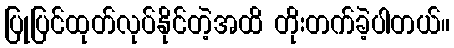
ပြုပြင်ထုတ်လုပ်နိုင်တဲ့အထိ တိုးတက်ခဲ့ပါတယ်။